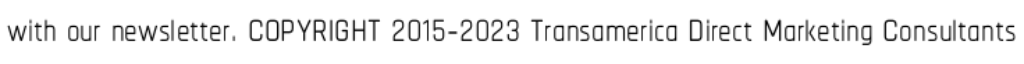
with our newsletter. COPYRIGHT 2015-2023 Transamerica Direct Marketing Consultants